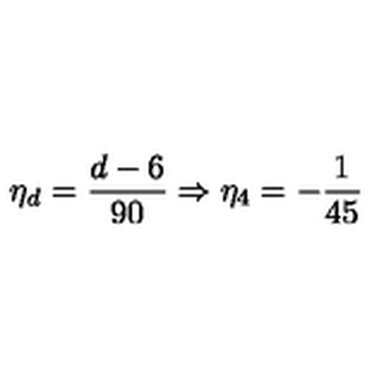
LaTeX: \eta _ { d } = \frac { d - 6 } { 9 0 } \Rightarrow \eta _ { 4 } = - \frac { 1 } { 4 5 }